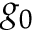
g _ { 0 }